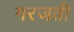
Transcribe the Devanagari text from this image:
गरजती